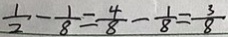
\frac { 1 } { 2 } - \frac { 1 } { 8 } = \frac { 4 } { 8 } - \frac { 1 } { 8 } = \frac { 3 } { 8 }